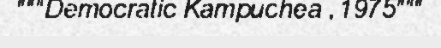
"""Democratic Kampuchea , 1975"""